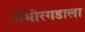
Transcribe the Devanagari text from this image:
गंभीरगडाला